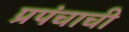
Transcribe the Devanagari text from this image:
प्रपंचाची